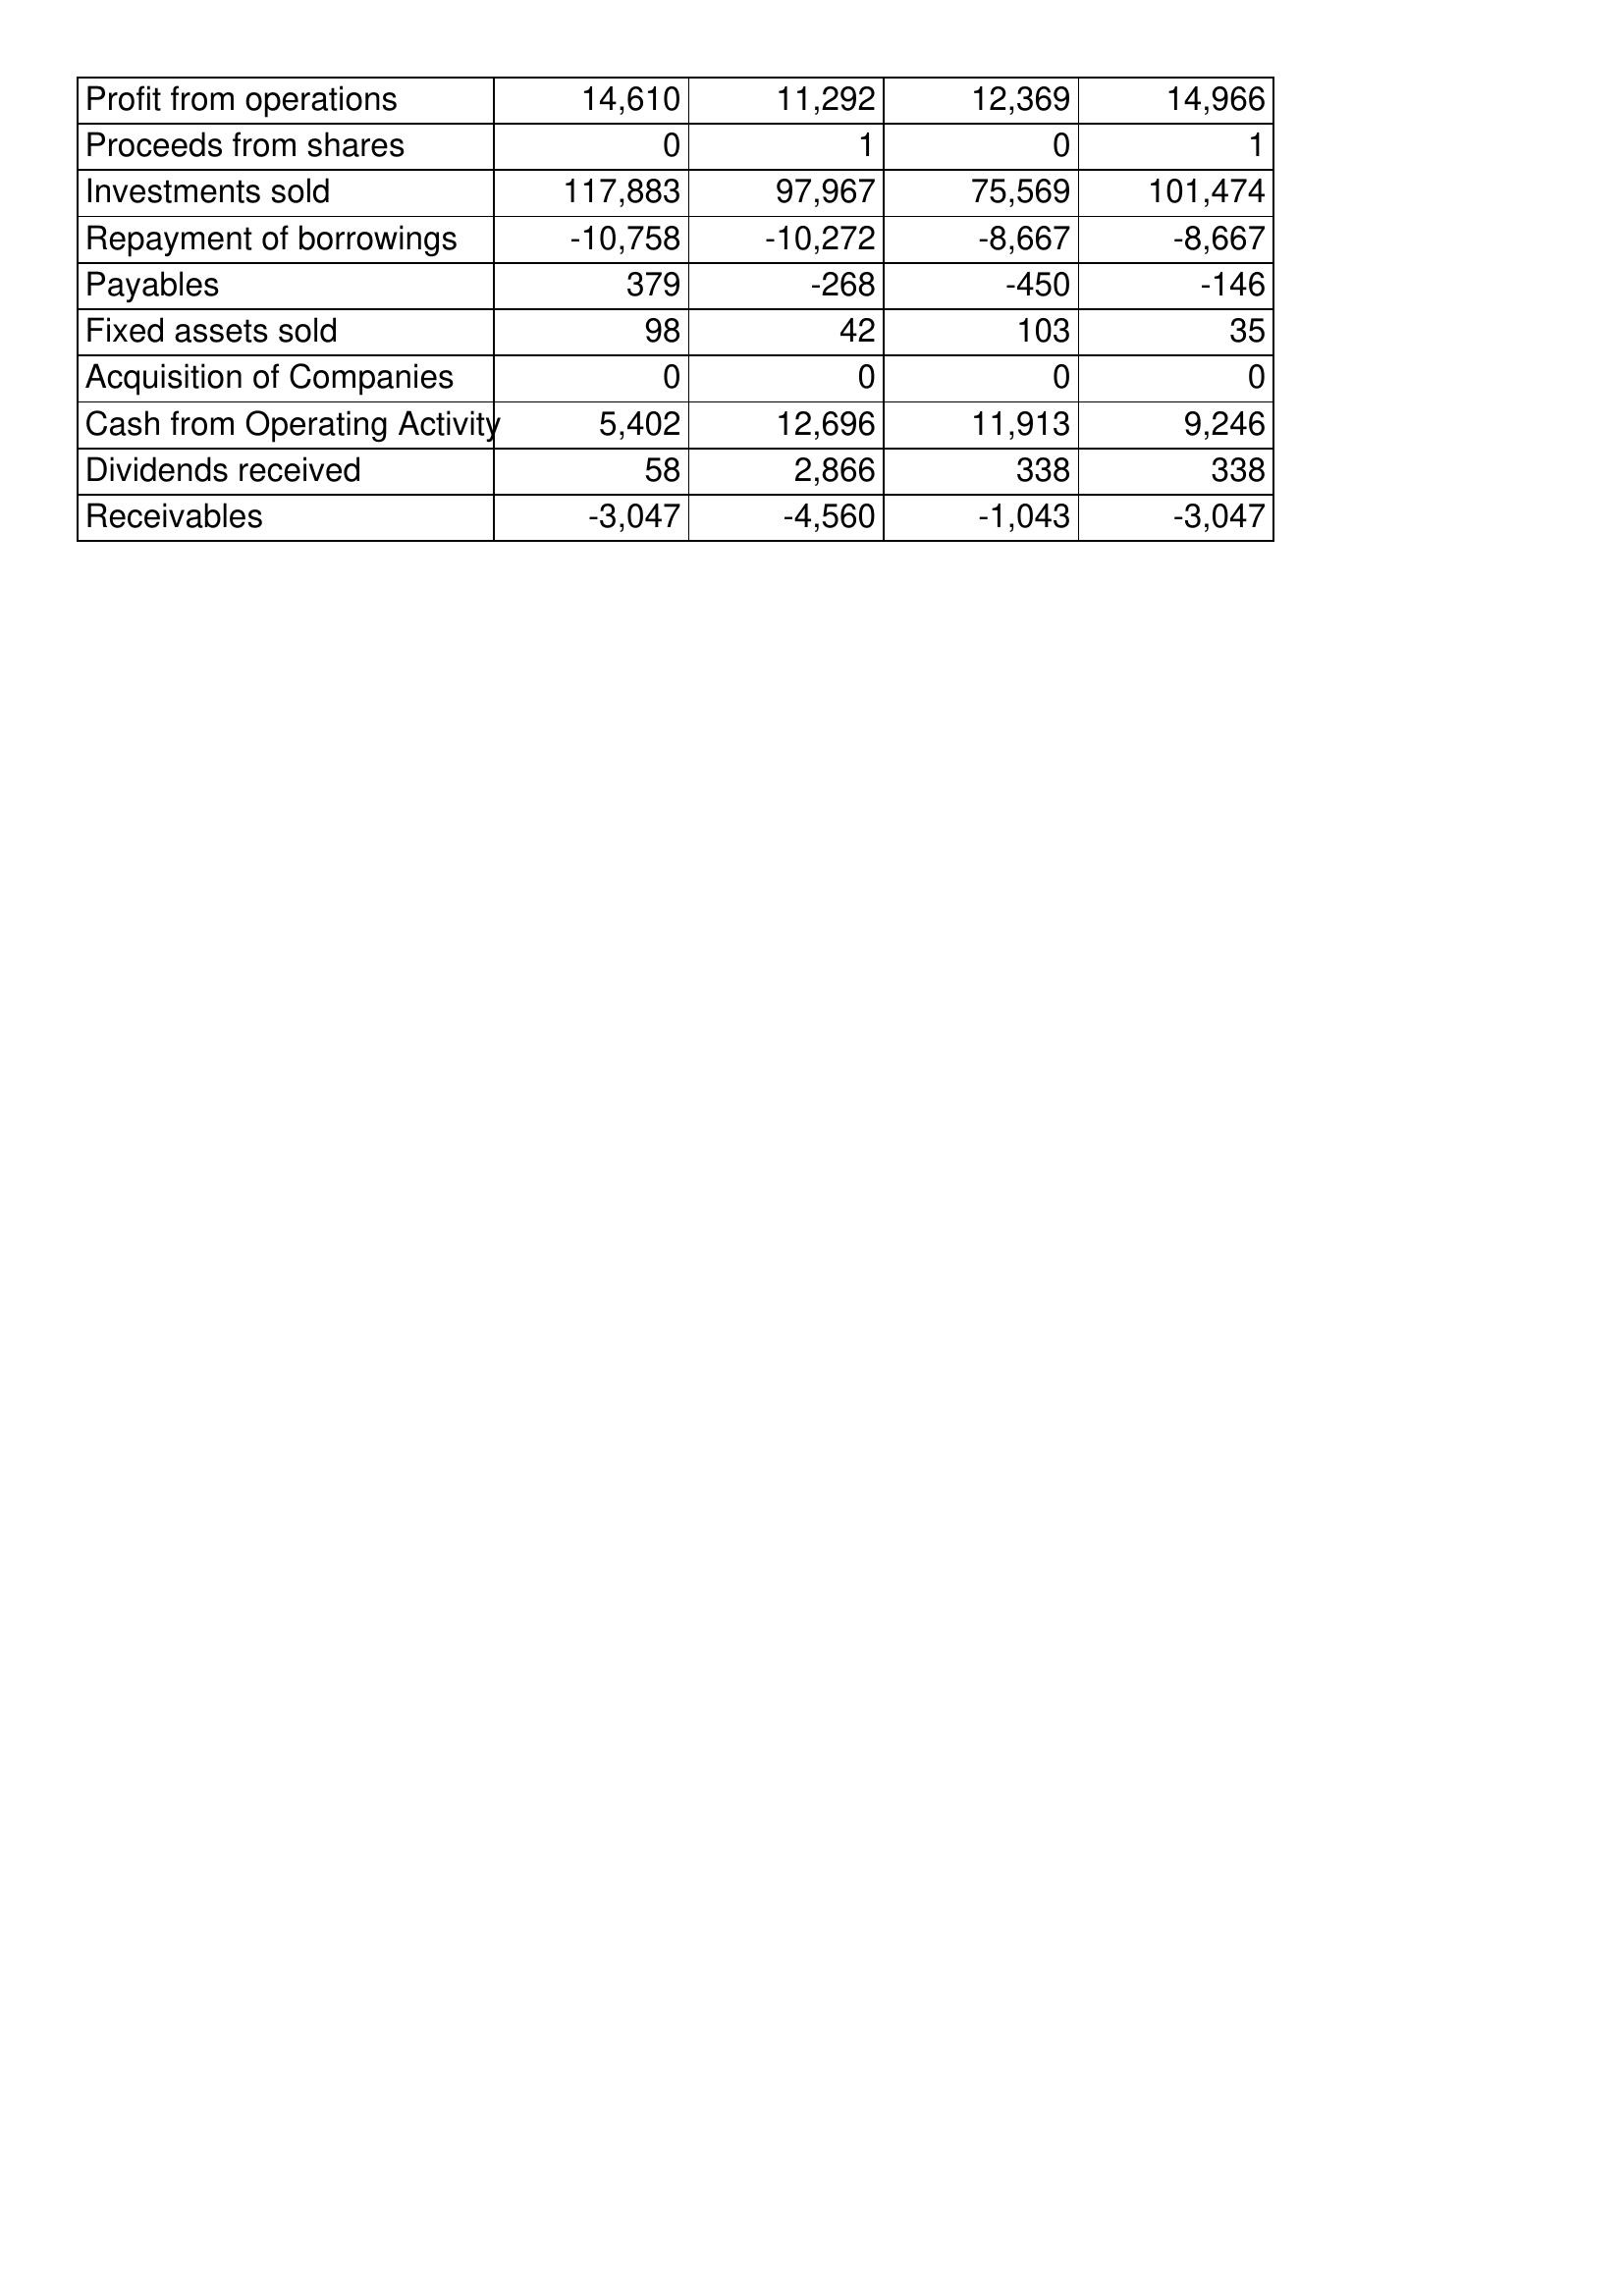
Apr-16: Cash Flows: Profit from operations: 14,610
Proceeds from shares: 0
Investments sold: 117,883
Repayment of borrowings: -10,758
Payables: 379
Fixed assets sold: 98
Acquisition of Companies: 0
Cash from Operating Activity: 5,402
Dividends received: 58
Receivables: -3,047
Apr-15: Cash Flows: Profit from operations: 11,292
Proceeds from shares: 1
Investments sold: 97,967
Repayment of borrowings: -10,272
Payables: -268
Fixed assets sold: 42
Acquisition of Companies: 0
Cash from Operating Activity: 12,696
Dividends received: 2,866
Receivables: -4,560
Apr-14: Cash Flows: Profit from operations: 12,369
Proceeds from shares: 0
Investments sold: 75,569
Repayment of borrowings: -8,667
Payables: -450
Fixed assets sold: 103
Acquisition of Companies: 0
Cash from Operating Activity: 11,913
Dividends received: 338
Receivables: -1,043
Apr-13: Cash Flows: Profit from operations: 14,966
Proceeds from shares: 1
Investments sold: 101,474
Repayment of borrowings: -8,667
Payables: -146
Fixed assets sold: 35
Acquisition of Companies: 0
Cash from Operating Activity: 9,246
Dividends received: 338
Receivables: -3,047